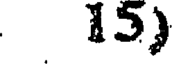
15)